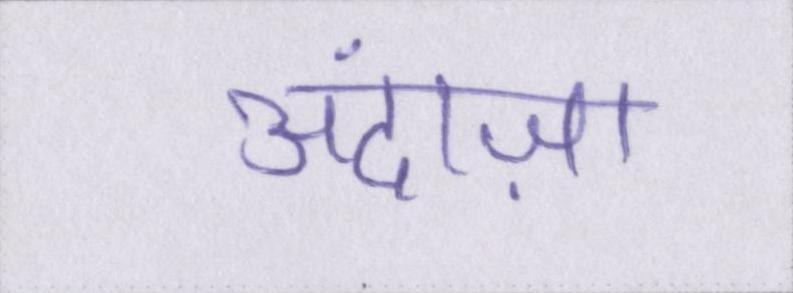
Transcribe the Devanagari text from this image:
अंदाज़ा